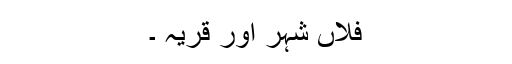
فلاں شہر اور قریہ ۔